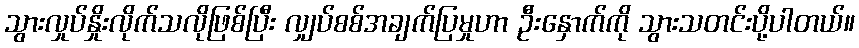
သွားလှုပ်နှိုးလိုက်သလိုဖြစ်ပြီး လျှပ်စစ်အချက်ပြမှုဟာ ဦးနှောက်ကို သွားသတင်းပို့ပါတယ်။